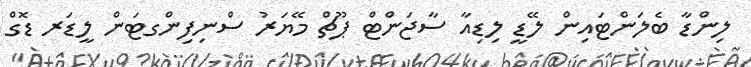
ލިންޑާ ބެލަންޓައިން ލޭޑީ ލިޑިއާ ސާޖަންޓް ޕޫޗް މޭޔަރު ސްނިފިންގޓަން ލީޑަރ ޑޮގް